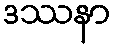
ဒဿနာ